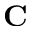
\textbf { C }